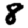
Digit: 8